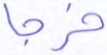
خرجا